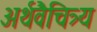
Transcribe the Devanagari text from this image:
अर्थवैचित्र्य